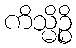
ကိသ္မိဉ္စိ